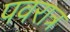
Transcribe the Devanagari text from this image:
पवरात्र